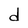
Character: d